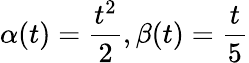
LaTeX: \alpha(t)=\frac{t^{2}}{2},\beta(t)=\frac{t}{5}